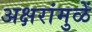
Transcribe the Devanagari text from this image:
अक्षरांमुळें